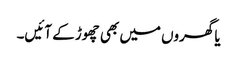
یا گھروں میں بھی چھوڑ کے آئیں۔